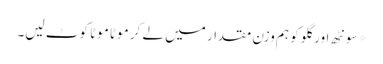
*سونٹھ اور گلو کو ہم وزن مقدار میں لے کر موٹا موٹا کوٹ لیں۔